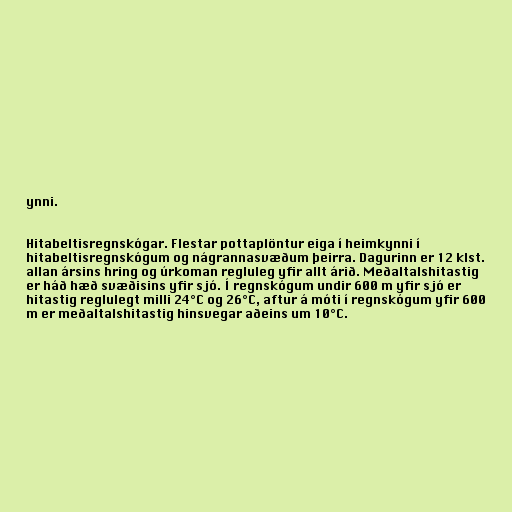
ynni.

Hitabeltisregnskógar. Flestar pottaplöntur eiga í heimkynni í
hitabeltisregnskógum og nágrannasvæðum þeirra. Dagurinn er 12 klst.
allan ársins hring og úrkoman regluleg yfir allt árið. Meðaltalshitastig
er háð hæð svæðisins yfir sjó. Í regnskógum undir 600 m yfir sjó er
hitastig reglulegt milli 24°C og 26°C, aftur á móti í regnskógum yfir 600
m er meðaltalshitastig hinsvegar aðeins um 10°C.